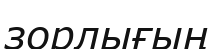
зорлығың